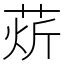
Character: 𰱘